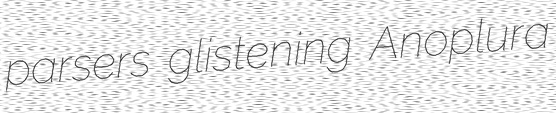
parsers glistening Anoplura